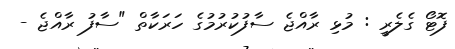
ފޮޓޯ ގެލެރީ : މުޅި ރާއްޖެ ސާފުކުރުމުގެ ހަރަކާތް "ސާފު ރާއްޖެ -